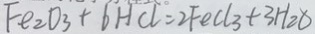
F e _ { 2 } O _ { 3 } + 6 H C l = 2 F e C l _ { 3 } + 3 H _ { 2 } O